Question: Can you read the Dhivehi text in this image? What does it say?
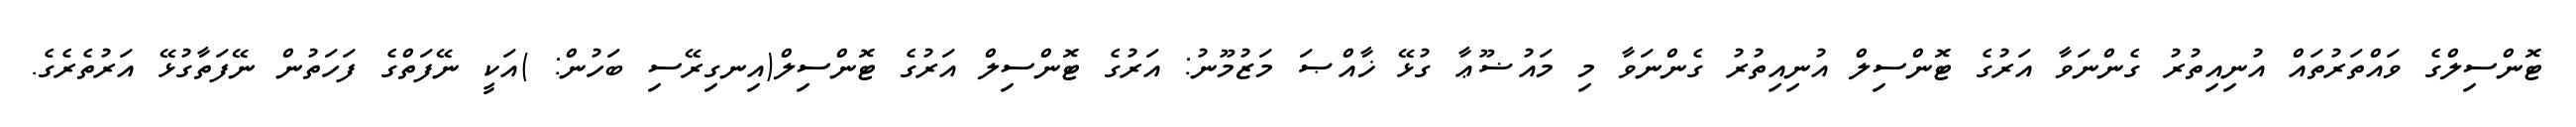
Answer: ޓޮންސިލްގެ ވައްތަރުތައް އުނިއިތުރު ގެންނަވާ އަރުގެ ޓޮންސިލް އުނިއިތުރު ގެންނަވާ މި މައުޟޫޢާ ގުޅޭ ޚާއްޞަ މަޒުމޫނު: އަރުގެ ޓޮންސިލް އަރުގެ ޓޮންސިލް(އިނގިރޭސި ބަހުން: )އަކީ ނޭފަތްގެ ފަހަތުން ނޭފަތާގުޅޭ އަރުތެރެގެ.